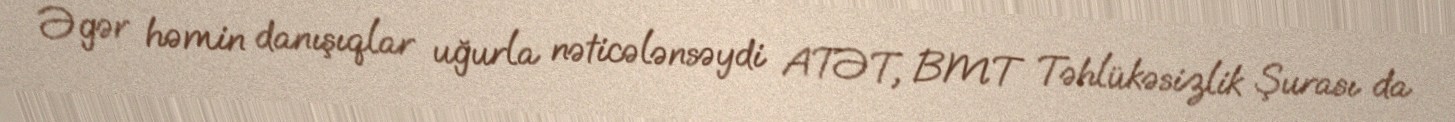
Əgər həmin danışıqlar uğurla nəticələnsəydi ATƏT, BMT Təhlükəsizlik Şurası da